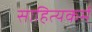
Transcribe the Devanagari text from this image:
साहित्यकर्म